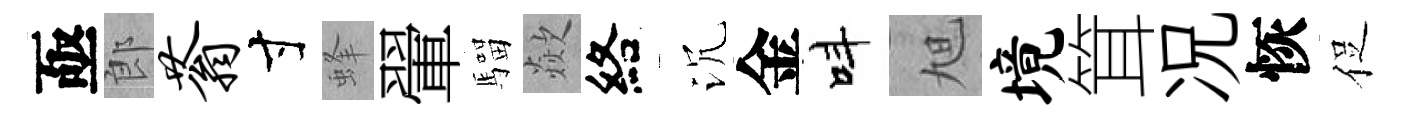
亟郎蓊寸蜂翬騮歘絡沉金呌旭境䇯况恢促